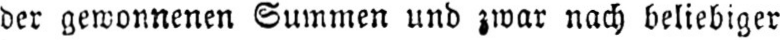
der gewonnenen Summen und zwar nach beliebiger